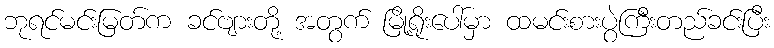
ဘုရင်မင်းမြတ်က ခင်ဗျားတို့ အတွက် မြို့ရိုးပေါ်မှာ ထမင်းစားပွဲကြီးတည်ခင်းပြီး